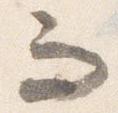
而